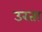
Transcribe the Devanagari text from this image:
उरता